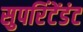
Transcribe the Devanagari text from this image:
सुपरिंटेंडंट